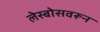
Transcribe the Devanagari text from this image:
लेस्बोसवरून